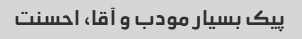
پیک بسیار مودب و آقا، احسنت